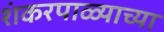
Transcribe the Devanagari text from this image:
शंकरपाळ्याच्या